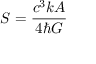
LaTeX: S = { \frac { c ^ { 3 } k A } { 4 \hbar G } }